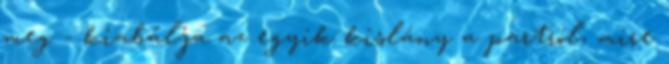
meg - kiabálja az egyik kislány a partról, mire